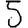
Digit: 5